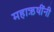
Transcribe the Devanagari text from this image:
महाऋषींनी